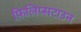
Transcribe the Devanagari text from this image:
फ़िलिप्सटाउन